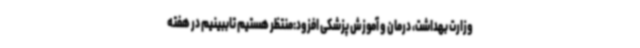
وزارت بهداشت، درمان و آموزش پزشکی افزود:منتظر هستیم تاببینیم در هفته